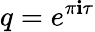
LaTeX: q=e^{\pi\mathbf{i}\tau}